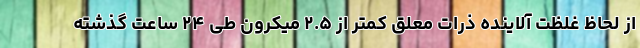
از لحاظ غلظت آلاینده ذرات معلق کمتر از ۲.۵ میکرون طی ۲۴ ساعت گذشته